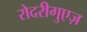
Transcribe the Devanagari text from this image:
रोदरीगुएज़